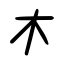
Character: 木